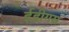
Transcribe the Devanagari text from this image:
ईडीगस